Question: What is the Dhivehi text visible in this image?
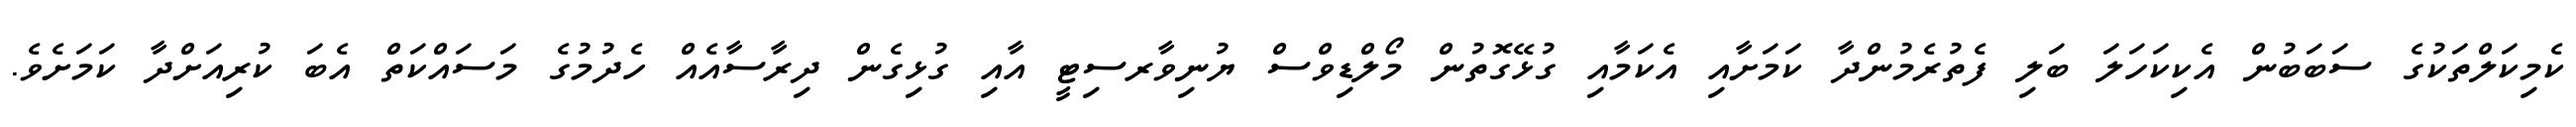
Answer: ކެމިކަލްތަކުގެ ސަބަބުން އެކިކަހަލަ ބަލި ފެތުރެމުންދާ ކަމަށާއި އެކަމާއި ގުޅޭގޮތުން މޯލްޑިވްސް ޔުނިވާރސިޓީ އާއި ގުޅިގެން ދިރާސާއެއް ހެދުމުގެ މަސައްކަތް އެބަ ކުރިއަށްދާ ކަމަށެވެ.